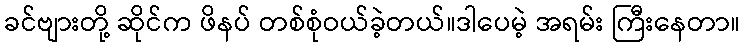
ခင်ဗျားတို့ ဆိုင်က ဖိနပ် တစ်စုံဝယ်ခဲ့တယ်။ဒါပေမဲ့ အရမ်း ကြီးနေတာ။